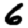
Digit: 6